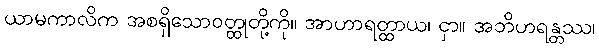
ယာမကာလိက အစရှိသောဝတ္ထုတို့ကို။ အာဟာရတ္ထာယ၊ ငှာ။ အဘိဟရန္တဿ၊